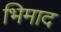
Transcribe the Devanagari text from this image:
भिमाद